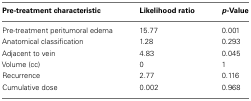
<table><thead><tr><td><b>Pre-treatment characteristic</b></td><td><b>Likelihood ratio</b></td><td><b><i>p</i>-Value</b></td></tr></thead><tbody><tr><td>Pre-treatment peritumoral edema</td><td>15.77</td><td>0.001</td></tr><tr><td>Anatomical classification</td><td>1.28</td><td>0.293</td></tr><tr><td>Adjacent to vein</td><td>4.83</td><td>0.045</td></tr><tr><td>Volume (cc)</td><td>0</td><td>1</td></tr><tr><td>Recurrence</td><td>2.77</td><td>0.116</td></tr><tr><td>Cumulative dose</td><td>0.002</td><td>0.968</td></tr></tbody></table>